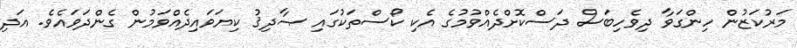
މަރުކަޒުން ހިންގަވާ ދިވެހިބަސް ދަސްކޮށްދެއްވުމުގެ އެކި ކޯސްތަކުގައި ޞާދިޤު ކިޔަވައިދެއްވަމުން ގެންދަވައެވެ. އަދި